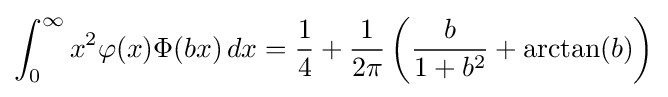
\int _{0}^{\infty }x^{2}\varphi (x)\Phi (bx)\,dx={\frac {1}{4}}+{\frac {1}{2\pi }}\left({\frac {b}{1+b^{2}}}+\arctan(b)\right)